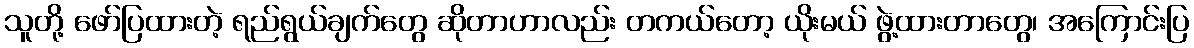
သူတို့ ဖော်ပြထားတဲ့ ရည်ရွယ်ချက်တွေ ဆိုတာဟာလည်း တကယ်တော့ ယိုးမယ် ဖွဲ့ထားတာတွေ၊ အကြောင်းပြ